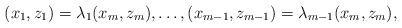
LaTeX: \begin{align*}(x_1, z_1)=\lambda_1(x_m, z_m), \dots, (x_{m-1}, z_{m-1})=\lambda_{m-1}(x_m, z_m),\end{align*}